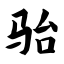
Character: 骀